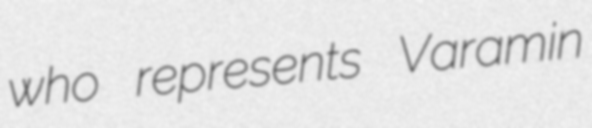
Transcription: who represents Varamin